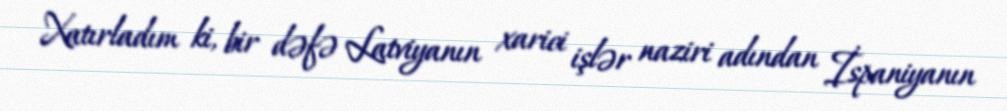
Xatırladım ki, bir dəfə Latviyanın xarici işlər naziri adından İspaniyanın